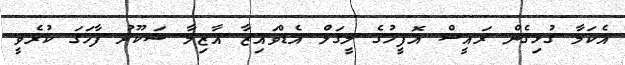
އެކަމާ ގުޅިގެން ރައީސް އޮފީހުގެ ލީގަލް އެޑްވައިޒާ އާޒިމާ ޝަކޫރު ފާހަގަ ކުރެވީ